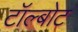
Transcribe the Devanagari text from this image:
टॉल्बोट